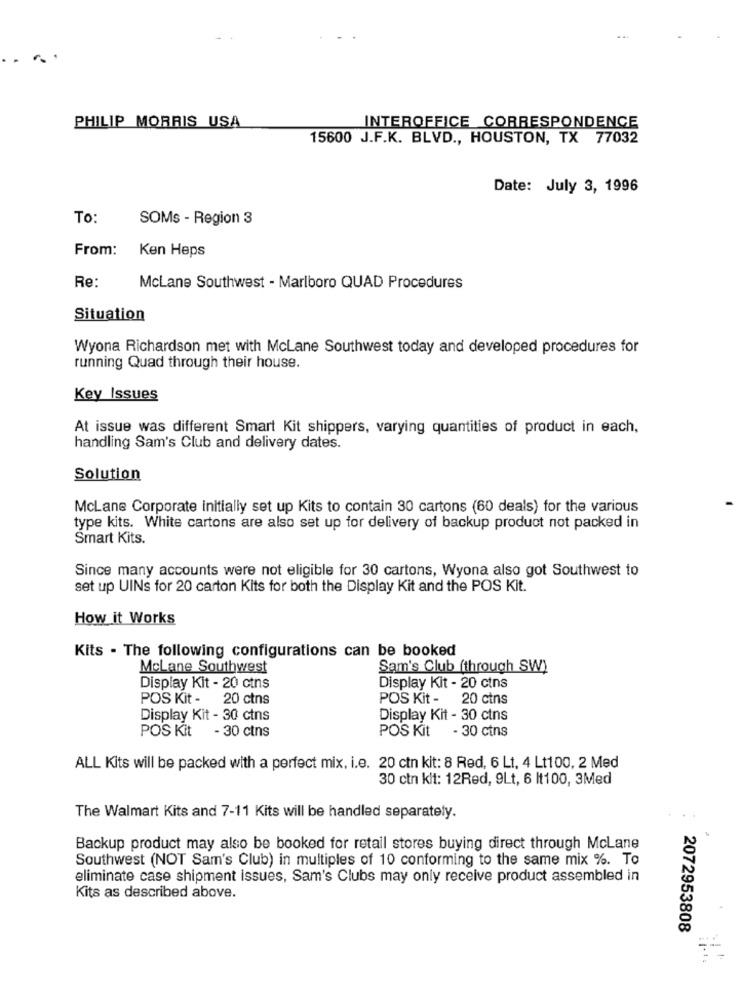
PHILIP MORRIS USA
INTEROFFICE CORRESPONDENCE
15600 J.F.K. BLVD ., HOUSTON, TX 77032
Date: July 3, 1996
To:
SOMs - Region 3
From:
Ken Heps
Re:
McLane Southwest - Marlboro QUAD Procedures
Situation
Wyona Richardson met with McLane Southwest today and developed procedures for
running Quad through their house.
Key Issues
At issue was different Smart Kit shippers, varying quantities of product in each,
handling Sam's Club and delivery dates.
Solution
McLane Corporate initially set up Kits to contain 30 cartons (60 deals) for the various
type kits. White cartons are also set up for delivery of backup product not packed in
Smart Kits.
Since many accounts were not eligible for 30 cartons, Wyona also got Southwest to
set up UINs for 20 carton Kits for both the Display Kit and the POS Kit.
How it Works
Kits . The following configurations can be booked
McLane Southwest
Sam's Club (through SW)
Display Kit - 20 ctns
Display Kit - 20 ctns
POS Kit - 20 ctns
POS Kit -
20 ctns
Display Kit - 30 ctns
Display Kit - 30 ctns
POS Kit
- 30 ctns
POS Kit
- 30 cins
ALL Kits will be packed with a perfect mix, i.e. 20 ctn kit: 8 Red, 6 Lt, 4 Lt100, 2 Med
30 ctn kit: 12Red, 9Lt, 6 It100, 3Med
The Walmart Kits and 7-11 Kits will be handled separately.
Backup product may also be booked for retail stores buying direct through McLane
Southwest (NOT Sam's Club) in multiples of 10 conforming to the same mix %. To
eliminate case shipment issues, Sam's Clubs may only receive product assembled in
Kits as described above.
2072953808